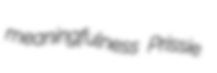
meaningfulness Prissie